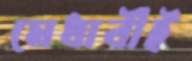
মেধাবীই